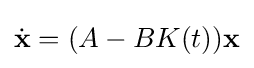
{\dot {\mathbf {x} }}=(A-BK(t))\mathbf {x}